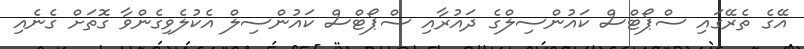
އޭގެ ތެރޭގައި ސްޕޯޓްސް ކައުންސިލްގެ ދައުރާއި ސްޕޯޓްސް ކައުންސިލް އެކުލެވިގެންވާ ގޮތަށް ގެނެއި